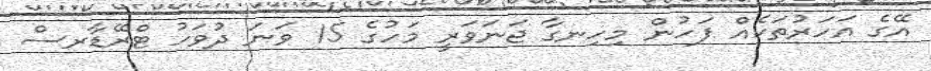
އޭގެ އަހަރުތަކެއް ފަހުން މިހިނގާ ޖަނަވަރީ މަހުގެ 15 ވަނަ ދުވަހު ޓްރޭޑާރސް